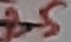
Text: 25